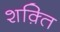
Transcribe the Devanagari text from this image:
शक़्ति